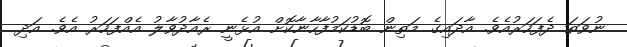
ނުވަތަ ދެފަހަރުއެވެ. އާދައިގެ މަތިން ބޮޑުކަމުފާހާނާކޮށް އުޅެނީ ރެއާދުވާލު އެއްފަހަރު އެވެ. އަދި